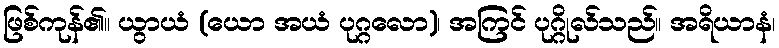
ဖြစ်ကုန်၏။ ယွာယံ (ယော အယံ ပုဂ္ဂလော)၊ အကြင် ပုဂ္ဂိုလ်သည်။ အရိယာနံ၊